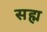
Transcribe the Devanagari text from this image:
सह्म